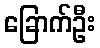
ခြောက်ဦး